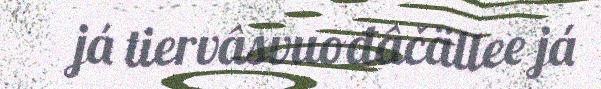
já tiervâsvuođâčällee já